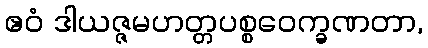
ဧဝံ ဒါယဇ္ဇမဟတ္တပစ္စဝေက္ခဏတာ,